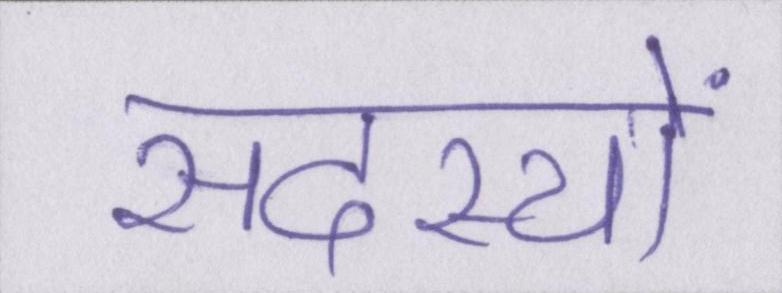
सदस्यों